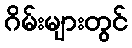
ဂိမ်းများတွင်